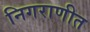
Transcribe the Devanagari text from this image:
निगराणीत